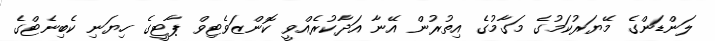
ލަންޑަންގެ މޭޔަރުކަމުގެ މަގާމުގެ އިތުރުން އޭނާ އަދާކުރެއްވީ ކޮންޒަވެޓިވް ޕާޓީގެ ހިޔަނި ކެބިނެޓްގެ